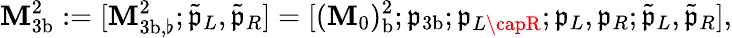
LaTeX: \mathbf{M}_{3\mathrm{{b}}}^{2}:=[\mathbf{M}_{{3\mathrm{{b}}},\flat}^{2};\tilde{{\mathfrak{{p}}}}_{L},\tilde{{\mathfrak{{p}}}}_{R}]=[(\mathbf{M}_{0})_{\mathrm{{b}}}^{2};\mathfrak{{p}}_{3\mathrm{{b}}};\mathfrak{{p}}_{L\capR};\mathfrak{{p}}_{L},\mathfrak{{p}}_{R};\tilde{{\mathfrak{{p}}}}_{L},\tilde{{\mathfrak{{p}}}}_{R}],